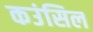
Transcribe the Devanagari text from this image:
कउंसिल